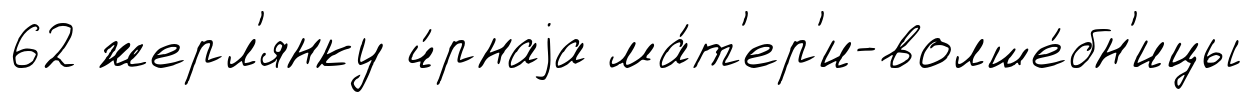
62 жерл'янку ч́рнаjа ма́т'ер'и-волше́бн'ицы